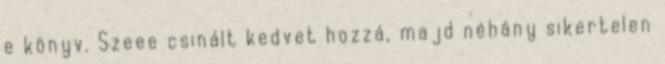
e könyv. Szeee csinált kedvet hozzá, majd néhány sikertelen